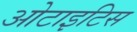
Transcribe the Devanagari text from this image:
ओटाइटिस